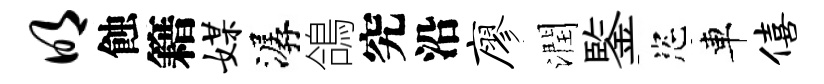
明蝕籍媒潺鴿究沿廖潤鍳恣車僖